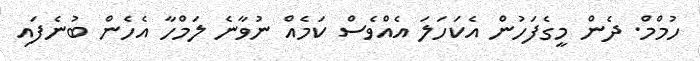
ހުމްމް. ދެން މީގެފަހުން އެކަހަލަ އެއްވެސް ކަމެއް ނުވާނެ ލަމްހާ އެހެން ބުނެފައި